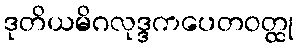
ဒုတိယမိဂလုဒ္ဒကပေတဝတ္ထု